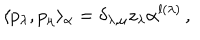
\langle p _ { \lambda } , p _ { \mu } \rangle _ { \alpha } = \delta _ { \lambda , \mu } z _ { \lambda } \alpha ^ { l ( \lambda ) } \, ,